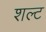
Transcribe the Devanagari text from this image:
शल्ट